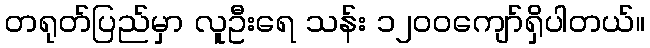
တရုတ်ပြည်မှာ လူဦးရေ သန်း ၁၂၀၀ကျော်ရှိပါတယ်။